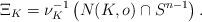
LaTeX: \begin{align*}\Xi_K=\nu_K^{-1}\left(N(K,o)\cap S^{n-1}\right).\end{align*}